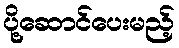
ပို့ဆောင်ပေးမည့်